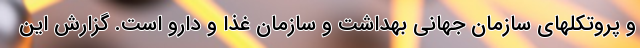
و پروتکلهای سازمان جهانی بهداشت و سازمان غذا و دارو است. گزارش این